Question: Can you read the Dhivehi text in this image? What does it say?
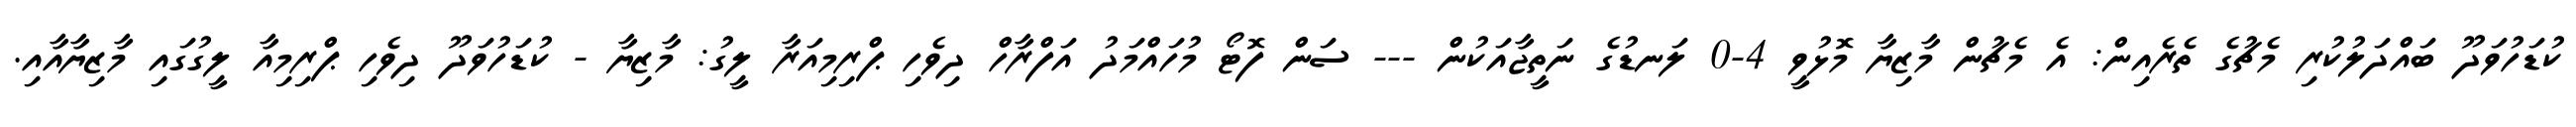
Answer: ކުޑަހުވަދޫ ބައްދަލުކުރި މެޗުގެ ތެރެއިން: އެ މެޗުން މާޒިޔާ މޮޅުވީ 4-0 ލަނޑުގެ ނަތީޖާއަކުން --- ސަން ފޮޓޯ މުހައްމަދު އަފްރާހް ދިވެހި ޕްރިމިއަރާ ލީގު: މާޒިޔާ - ކުޑަހުވަދޫ ދިވެހި ޕްރިމިއާ ލީގުގައި މާޒިޔާއާއި.